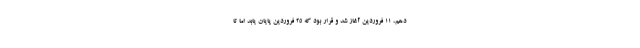
دهم، 11 فروردین آغاز شد و قرار بود که 25 فروردین پایان یابد اما تا